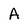
Character: A